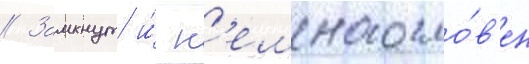
// Замкнут и́ н'емногосло́в'ен